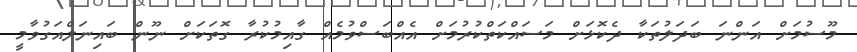
މޫސުމަށް އަންނަ ބަދަލުތަކާ ދެކޮޅަށް މަސައްކަތްކުރުމަށް އެއްބަސްވުމެއް ގާއިމުކުރާ ގޮތަކަށް ނޫން ބައިނަލްއަގުވާމީ